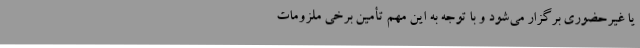
یا غیرحضوری برگزار می‌شود و با توجه به این مهم تأمین برخی ملزومات